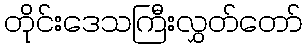
တိုင်းဒေသကြီးလွှတ်တော်